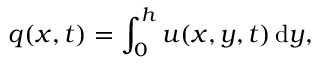
q ( x , t ) = \int _ { 0 } ^ { h } u ( x , y , t ) \mathop { } \! \mathrm { d } y ,